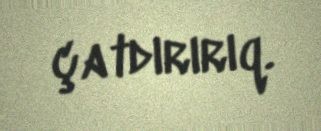
çatdırırıq.